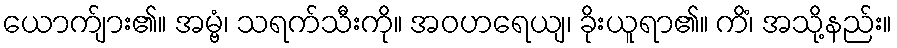
ယောက်ျား၏။ အမ္ဗံ၊ သရက်သီးကို။ အဝဟရေယျ၊ ခိုးယူရာ၏။ ကိံ၊ အသို့နည်း။